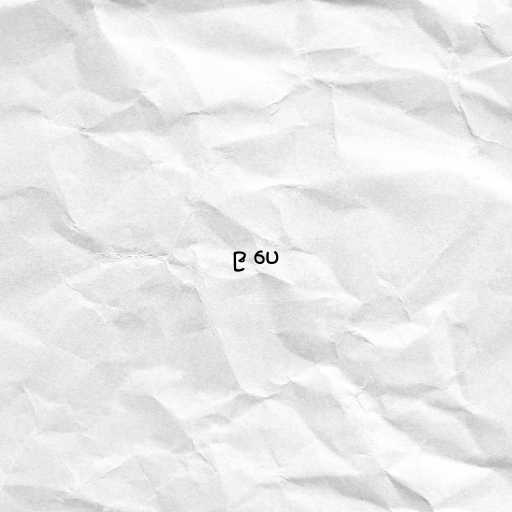
၉ ပေ